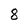
Character: 8